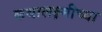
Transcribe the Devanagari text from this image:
कथालक्ष्मीच्या